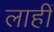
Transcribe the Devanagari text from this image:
लाहीं